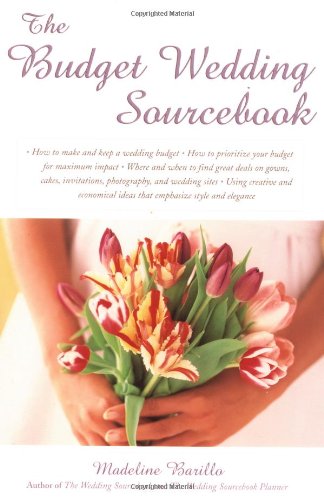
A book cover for The Budget Wedding Sourcebook; Madeline Barillo; Crafts, Hobbies & Home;